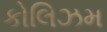
કોલિઝમ